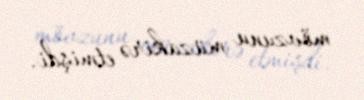
mövzunu müzakirə etmişdi.